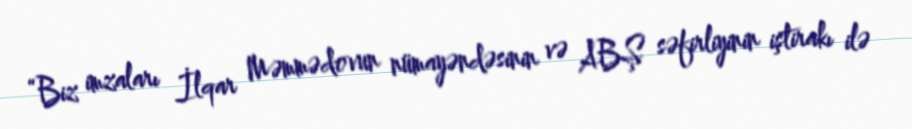
“Biz imzaları İlqar Məmmədovun nümayəndəsinin və ABŞ səfirliyinin iştirakı ilə